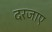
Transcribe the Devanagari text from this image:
दरजाए